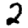
Digit: 2